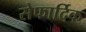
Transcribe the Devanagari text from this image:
सेफार्दिक